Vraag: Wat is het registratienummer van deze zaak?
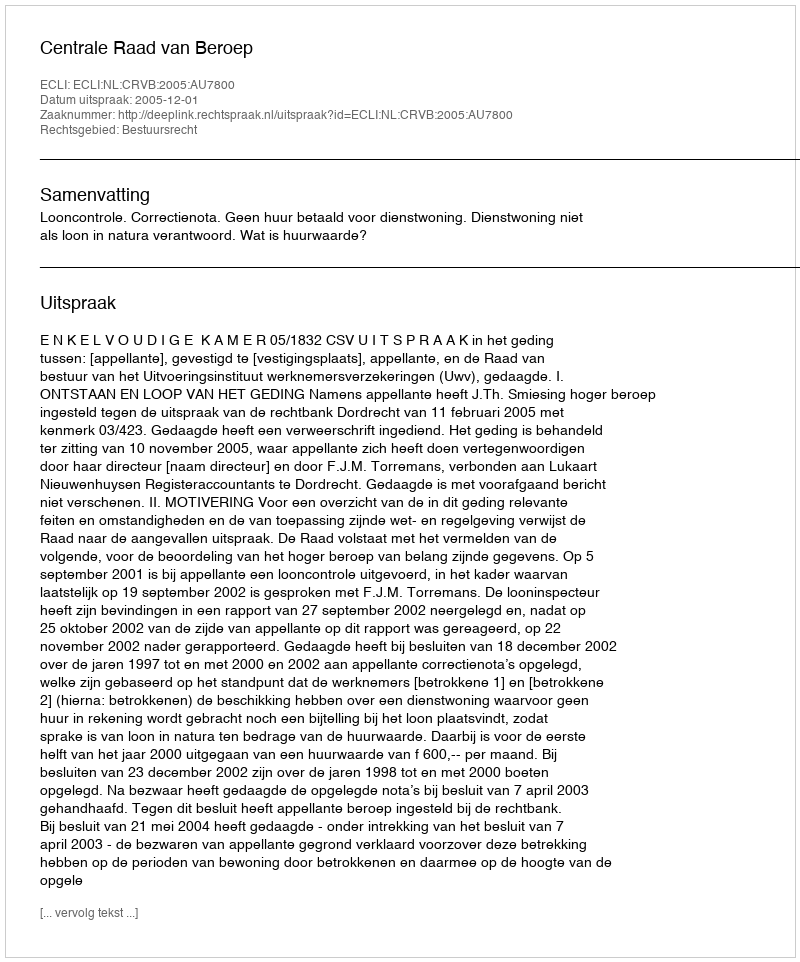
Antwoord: http://deeplink.rechtspraak.nl/uitspraak?id=ECLI:NL:CRVB:2005:AU7800